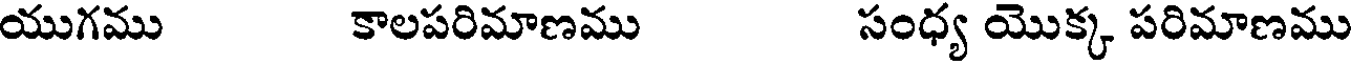
యుగము కాలపరిమాణము సంధ్య యొక్క పరిమాణము